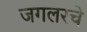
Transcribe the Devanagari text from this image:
जगलरचे